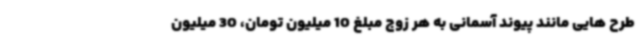
طرح هایی مانند پیوند آسمانی به هر زوج مبلغ 10 میلیون تومان، 30 میلیون